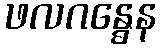
ဖလဂန္ဓေန